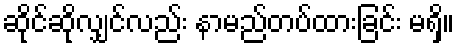
ဆိုင်ဆိုလျှင်လည်း နာမည်တပ်ထားခြင်း မရှိ။